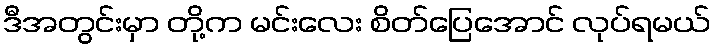
ဒီအတွင်းမှာ တို့က မင်းလေး စိတ်ပြေအောင် လုပ်ရမယ်